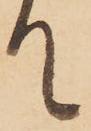
て